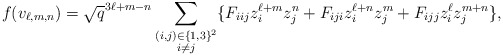
\begin{align*}f(v_{\ell,m,n})=\sqrt{q}^{3\ell+m-n}&\sum_{\substack{(i,j)\in\{1,3\}^2\\ i\neq j}}\{F_{iij}z_i^{\ell+m}z_j^n+F_{iji}z_i^{\ell+n}z_j^m+F_{ijj}z_i^\ell z_j^{m+n}\},\\\end{align*}